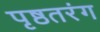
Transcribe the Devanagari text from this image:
पृष्ठतरंग